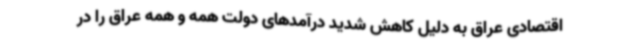
اقتصادی عراق به دلیل کاهش شدید درآمدهای دولت همه و همه عراق را در